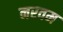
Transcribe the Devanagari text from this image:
नरवम